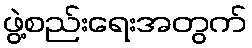
ဖွဲ့စည်းရေးအတွက်